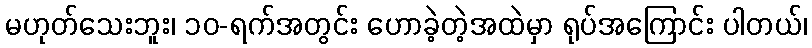
မဟုတ်သေးဘူး၊ ၁၀-ရက်အတွင်း ဟောခဲ့တဲ့အထဲမှာ ရုပ်အကြောင်း ပါတယ်၊